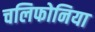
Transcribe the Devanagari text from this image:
चलिफोनिया